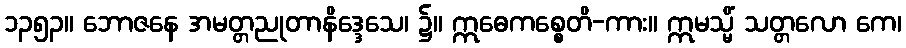
၁၃၅၃။ ဘောဇနေ အမတ္တညုတာနိဒ္ဒေသေ၊ ၌။ ဣဓေကစ္စေတိ-ကား။ ဣမသ္မိံ သတ္တလော ကေ၊